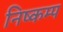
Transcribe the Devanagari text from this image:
निष्कम्प